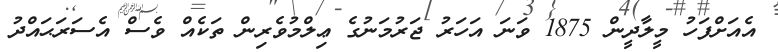
އެއަށްފަހު މީލާދީން 1875 ވަނަ އަހަރު ޖަރުމަނުގެ ޢިލްމުވެރިން ތަކެއް ވެސް އެސަރަޙައްދު